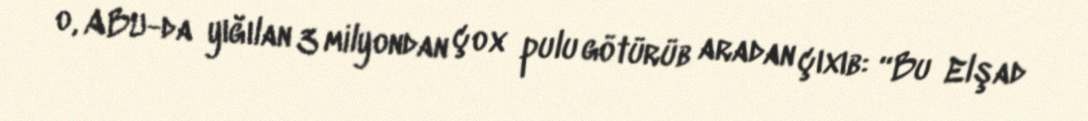
o, ABU-da yığılan 3 milyondan çox pulu götürüb aradan çıxıb: “Bu Elşad